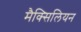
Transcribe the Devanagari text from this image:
मैक्सिलियन